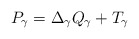
\begin{align*}P_\gamma = \Delta_\gamma Q_\gamma + T_\gamma\end{align*}